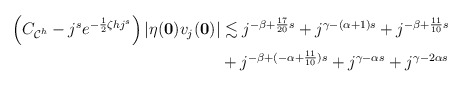
\begin{align*} \begin{aligned} \left(C_{\mathcal C^h}-j^s e^{-\frac{1}{2}\zeta hj^s}\right)\vert \eta(\mathbf 0)v_j(\mathbf 0)\vert &\lesssim j^{-\beta +\frac{17}{20}s}+j^{\gamma-(\alpha+1)s}+j^{-\beta+\frac{11}{10}s}\\ &+j^{-\beta+(-\alpha+\frac{11}{10})s} +j^{\gamma-\alpha s}+j^{\gamma-2\alpha s} \end{aligned} \end{align*}